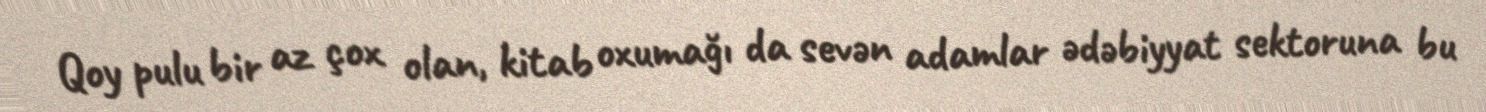
Qoy pulu bir az çox olan, kitab oxumağı da sevən adamlar ədəbiyyat sektoruna bu